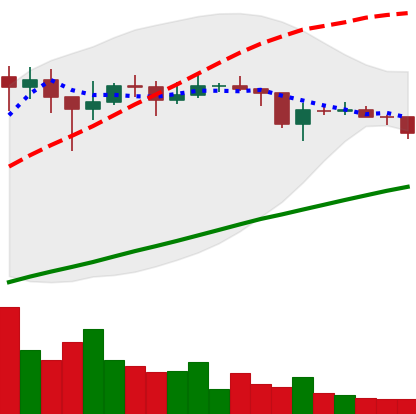
Ticker: XLM-USD
Chart end date: 2021-01-27
Forward return: 34.62%
Label: up_7plus